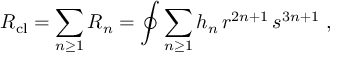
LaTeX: R _ { \mathrm { c l } } = \sum _ { n \ge 1 } R _ { n } = \oint \sum _ { n \ge 1 } h _ { n } \, r ^ { 2 n + 1 } \, s ^ { 3 n + 1 } \ ,